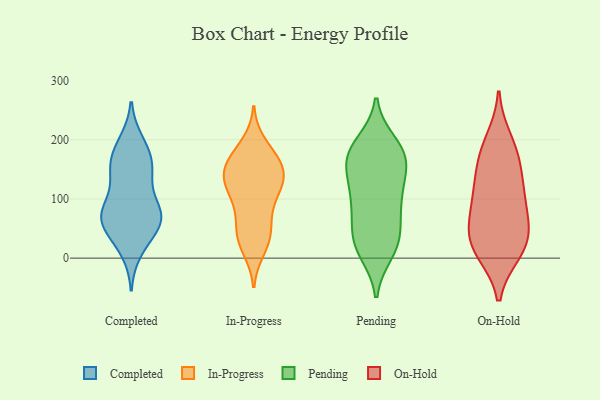
{"axis": {"x": "Waste Production (Tons)", "y": "Value"}, "legend": ["Completed", "In-Progress", "On-Hold", "Pending"], "data": [{"x": "", "y": 196, "type": "Completed"}, {"x": "", "y": 13, "type": "Completed"}, {"x": "", "y": 60, "type": "Completed"}, {"x": "", "y": 30, "type": "Completed"}, {"x": "", "y": 169, "type": "Completed"}, {"x": "", "y": 73, "type": "Completed"}, {"x": "", "y": 73, "type": "Completed"}, {"x": "", "y": 83, "type": "Completed"}, {"x": "", "y": 82, "type": "Completed"}, {"x": "", "y": 162, "type": "Completed"}, {"x": "", "y": 59, "type": "Completed"}, {"x": "", "y": 187, "type": "Completed"}, {"x": "", "y": 148, "type": "Completed"}, {"x": "", "y": 135, "type": "Completed"}, {"x": "", "y": 74, "type": "Completed"}, {"x": "", "y": 60, "type": "Completed"}, {"x": "", "y": 141, "type": "Completed"}, {"x": "", "y": 16, "type": "In-Progress"}, {"x": "", "y": 192, "type": "In-Progress"}, {"x": "", "y": 123, "type": "In-Progress"}, {"x": "", "y": 33, "type": "In-Progress"}, {"x": "", "y": 78, "type": "In-Progress"}, {"x": "", "y": 152, "type": "In-Progress"}, {"x": "", "y": 138, "type": "In-Progress"}, {"x": "", "y": 175, "type": "In-Progress"}, {"x": "", "y": 63, "type": "In-Progress"}, {"x": "", "y": 36, "type": "In-Progress"}, {"x": "", "y": 121, "type": "In-Progress"}, {"x": "", "y": 107, "type": "In-Progress"}, {"x": "", "y": 111, "type": "In-Progress"}, {"x": "", "y": 166, "type": "In-Progress"}, {"x": "", "y": 147, "type": "In-Progress"}, {"x": "", "y": 139, "type": "In-Progress"}, {"x": "", "y": 162, "type": "In-Progress"}, {"x": "", "y": 37, "type": "In-Progress"}, {"x": "", "y": 89, "type": "Pending"}, {"x": "", "y": 177, "type": "Pending"}, {"x": "", "y": 170, "type": "Pending"}, {"x": "", "y": 172, "type": "Pending"}, {"x": "", "y": 23, "type": "Pending"}, {"x": "", "y": 130, "type": "Pending"}, {"x": "", "y": 173, "type": "Pending"}, {"x": "", "y": 38, "type": "Pending"}, {"x": "", "y": 85, "type": "Pending"}, {"x": "", "y": 86, "type": "Pending"}, {"x": "", "y": 174, "type": "Pending"}, {"x": "", "y": 112, "type": "Pending"}, {"x": "", "y": 30, "type": "Pending"}, {"x": "", "y": 11, "type": "Pending"}, {"x": "", "y": 139, "type": "Pending"}, {"x": "", "y": 193, "type": "Pending"}, {"x": "", "y": 27, "type": "Pending"}, {"x": "", "y": 10, "type": "On-Hold"}, {"x": "", "y": 40, "type": "On-Hold"}, {"x": "", "y": 111, "type": "On-Hold"}, {"x": "", "y": 38, "type": "On-Hold"}, {"x": "", "y": 13, "type": "On-Hold"}, {"x": "", "y": 69, "type": "On-Hold"}, {"x": "", "y": 151, "type": "On-Hold"}, {"x": "", "y": 58, "type": "On-Hold"}, {"x": "", "y": 163, "type": "On-Hold"}, {"x": "", "y": 110, "type": "On-Hold"}, {"x": "", "y": 103, "type": "On-Hold"}, {"x": "", "y": 15, "type": "On-Hold"}, {"x": "", "y": 182, "type": "On-Hold"}, {"x": "", "y": 200, "type": "On-Hold"}]}